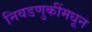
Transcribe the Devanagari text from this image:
निवडणुकींमधून